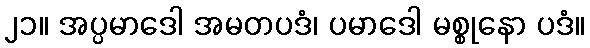
၂၁။ အပ္ပမာဒေါ အမတပဒံ၊ ပမာဒေါ မစ္စုနော ပဒံ။